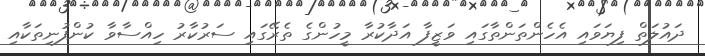
ދައުލަތް ފިޔަވައި އެހެންތަންތާގައި ވަޒީފާ އަދާކުރާ މީހުންގެ ތެރޭގައި ސަރުކާރު ހިއްސާވާ ކުންފުނިތަކާއި